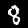
Digit: 8